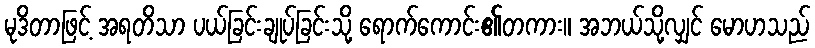
မုဒိတာဖြင့် အရတိသာ ပယ်ခြင်းချုပ်ခြင်းသို့ ရောက်ကောင်း၏တကား။ အဘယ်သို့လျှင် မောဟသည်